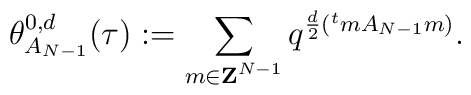
\theta_{A_{N-1}}^{0,d}(\tau):=\sum_{m\in {\bf Z}^{N-1}}q^{\frac{d}{2}({}^{t}m A_{N-1}m)}.